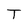
Character: T